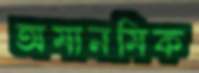
অমানমিক